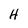
Character: H